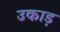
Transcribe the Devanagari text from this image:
उकाड़